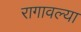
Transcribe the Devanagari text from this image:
रागावल्या